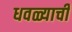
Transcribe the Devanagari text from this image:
धवळ्याची